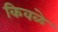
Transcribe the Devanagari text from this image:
किवळे